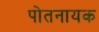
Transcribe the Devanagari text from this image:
पोतनायक